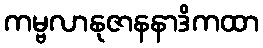
ကမ္ဗလာနုဇာနနာဒိကထာ